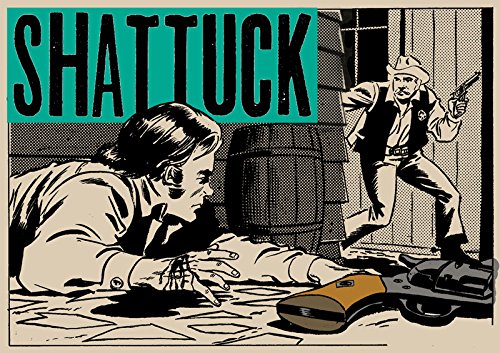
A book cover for Wallace Wood Presents Shattuck; Wallace Wood; Comics & Graphic Novels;